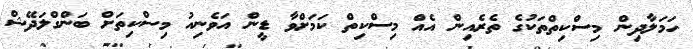
ހަމަލާދިން މިސްކިތްތަކުގެ ތެރެއިން އެއް މިސްކިތް ކަމަށްވާ ޑީން އަވެނިއު މިސްކިތަށް ބަންގްލަދޭޝް